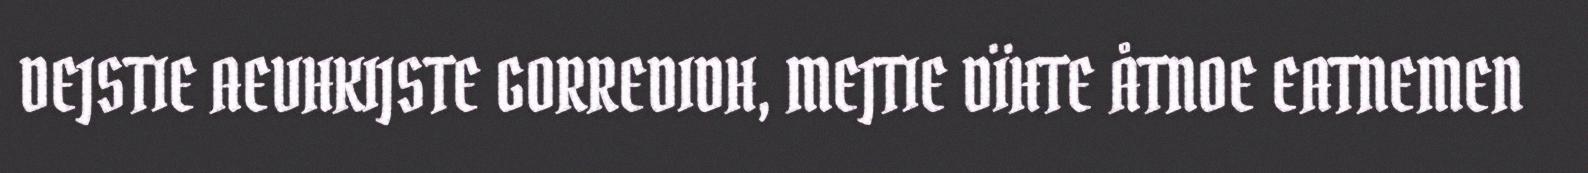
DEJSTIE AEVHKIJSTE GORREDIDH, MEJTIE DÏHTE ÅTNOE EATNEMEN